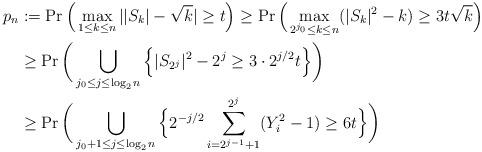
LaTeX: \begin{align*}p_n&:=\Pr\Big(\max_{1\leq k\leq n}||S_k|-\sqrt{k}|\geq t\Big)\geq\Pr\Big(\max_{2^{j_0}\leq k\leq n}(|S_k|^2-k)\geq 3t\sqrt{k}\Big)\\&\geq \Pr\bigg(\bigcup_{j_0\leq j\leq \log_2 n}\Big\{|S_{2^j}|^2-2^{j}\geq 3\cdot 2^{j/2}t\Big\}\bigg)\\&\geq \Pr\bigg(\bigcup_{j_0+1\leq j\leq \log_2 n}\Big\{2^{-j/2}\sum_{i=2^{j-1}+1}^{2^j}(Y_i^2-1)\geq 6t\Big\}\bigg)\end{align*}